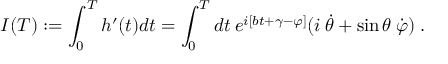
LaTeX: I ( T ) : = \int _ { 0 } ^ { T } h ^ { \prime } ( t ) d t = \int _ { 0 } ^ { T } d t \: e ^ { i [ b t + \gamma - \varphi ] } ( i \: \dot { \theta } + \sin \theta \: \dot { \varphi } ) \; .